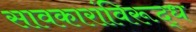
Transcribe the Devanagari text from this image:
सावकारांविरूद्ध